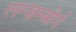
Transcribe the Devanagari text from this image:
लग्ज़म्बोर्ग